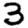
Digit: 3